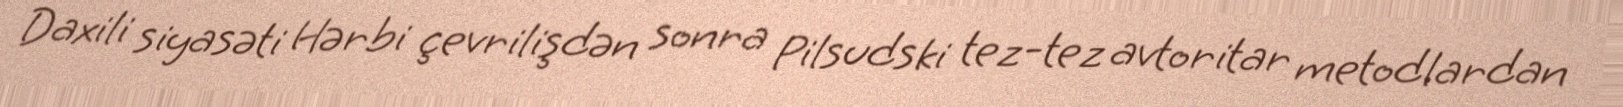
Daxili siyasəti Hərbi çevrilişdən sonra Pilsudski tez-tez avtoritar metodlardan